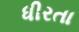
ધીરતા